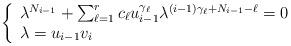
\begin{align*}\left\{\begin{array}{l}\lambda^{N_{i-1}}+\sum_{\ell=1}^{r} c_\ell u_{i-1}^{\gamma_\ell}\lambda^{(i-1)\gamma_\ell+N_{i-1}-\ell}=0 \\\lambda=u_{i-1}v_{i}\end{array}\right.\end{align*}